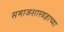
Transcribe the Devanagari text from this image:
समाजशास्त्रज्ञाच्या